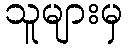
သူများမှ